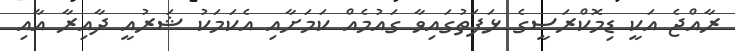
ރާއްޖެ އަކީ ޑިމޮކްރަސީގެ ޅަފަތުގައިވާ ގައުމެއް ކަމަށާއި އެކަމަކު ޝަރުއީ ދާއިރާ އާއި